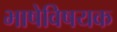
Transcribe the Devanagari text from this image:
भाषेविषयक